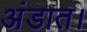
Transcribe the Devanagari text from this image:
अंडात।